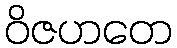
ဝိဇဟတေ